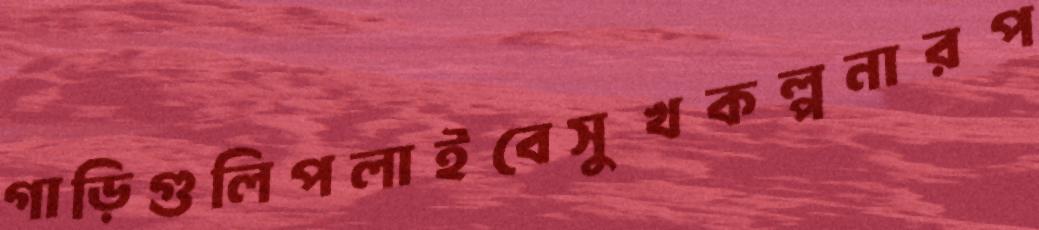
গাড়িগুলিপলাইবেসুখকল্পনারপ